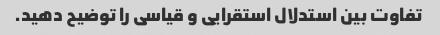
تفاوت بین استدلال استقرایی و قیاسی را توضیح دهید.